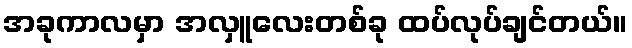
အခုကာလမှာ အလှူလေးတစ်ခု ထပ်လုပ်ချင်တယ်။